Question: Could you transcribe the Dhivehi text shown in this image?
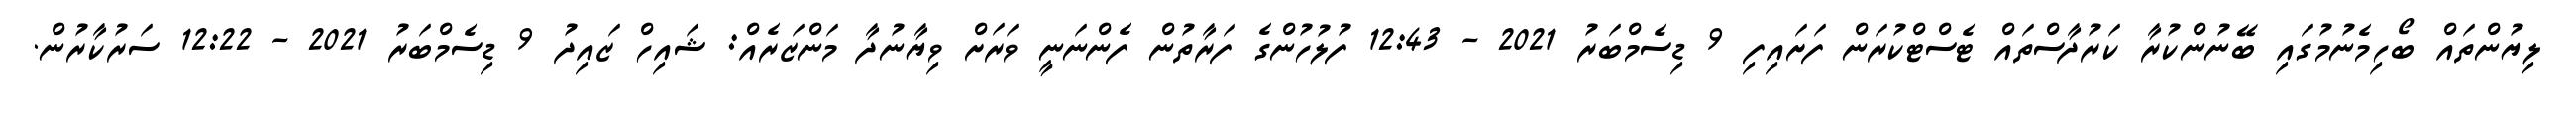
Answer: ލިޔުންތައް ބޯހިމެނުމުގައި ބޭނުންކުރާ ކަރުދާސްތައް ޓެސްޓްކުރަން ފަށައިފި 9 ޑިސެމްބަރު 2021 - 12:43 ފުލުހުންގެ ފަރާތުން ފެންނަނީ ވަރަށް ވިޔާނުދާ މަންޒަރެއް: ޝައިހް ޒައިދު 9 ޑިސެމްބަރު 2021 - 12:22 ސަރުކާރުން.